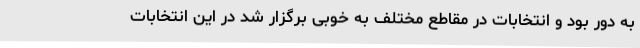
به دور بود و انتخابات در مقاطع مختلف به خوبی برگزار شد در این انتخابات